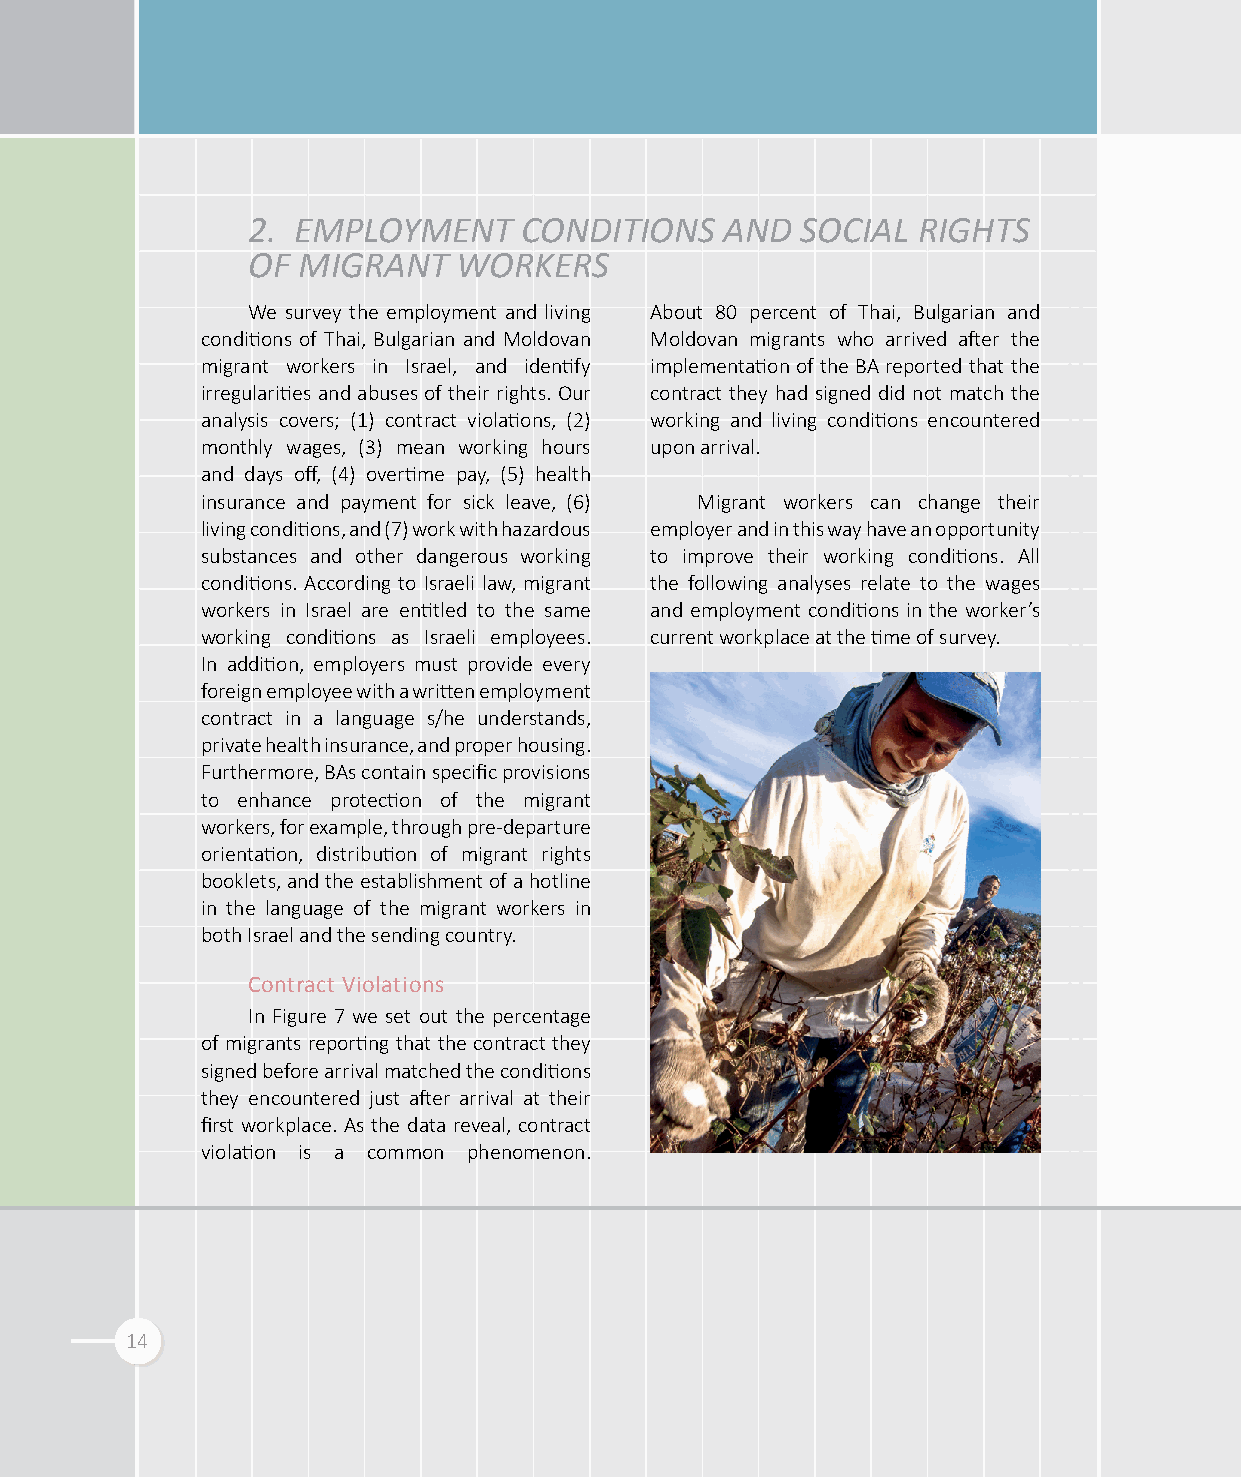
2. EMPLOYMENT     CONDITIONS    AND  SOCIAL  RIGHTS
 OF  MIGRANT   WORKERS
 We survey the employment and living About 80 percent of Thai, Bulgarian and
 conditions of Thai, Bulgarian and Moldovan Moldovan migrants who arrived after the
 migrant workers in Israel, and identify implementation of the BA reported that the
 irregularities and abuses of their rights. Our contract they had signed did not match the
 analysis covers; (1) contract violations, (2) working and living conditions encountered
 monthly wages, (3) mean working hours upon arrival.
 and days off, (4) overtime pay, (5) health
 insurance and payment for sick leave, (6) Migrant workers can change their
 living conditions, and (7) work with hazardous employer and in this way have an opportunity
 substances and other dangerous working to improve their working conditions. All
 conditions. According to Israeli law, migrant the following analyses relate to the wages
 workers in Israel are entitled to the same and employment conditions in the worker’s
 working conditions as Israeli employees. current workplace at the time of survey.
 In addition, employers must provide every
 foreign employee with a written employment
 contract in a language s/he understands,
 private health insurance, and proper housing.
 Furthermore, BAs contain specific provisions
 to enhance protection of the migrant
 workers, for example, through pre-departure
 orientation, distribution of migrant rights
 booklets, and the establishment of a hotline
 in the language of the migrant workers in
 both Israel and the sending country.
 Contract Violations
 In Figure 7 we set out the percentage
 of migrants reporting that the contract they
 signed before arrival matched the conditions
 they encountered just after arrival at their
 first workplace. As the data reveal, contract
 violation is a common phenomenon.
 14